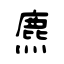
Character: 麃